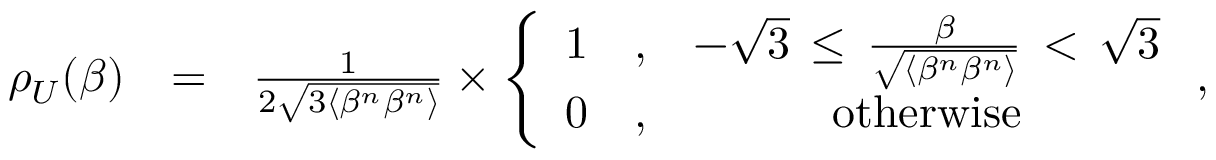
\begin{array} { r l r } { \rho _ { U } ( \beta ) } & { = } & { \frac { 1 } { 2 \sqrt { 3 \langle \beta ^ { n } \beta ^ { n } \rangle } } \times \left\{ \begin{array} { c c c } { 1 } & { , } & { - \sqrt { 3 } \, \le \, \frac { \beta } { \sqrt { \langle \beta ^ { n } \beta ^ { n } \rangle } } \, < \, \sqrt { 3 } } \\ { 0 } & { , } & { \mathrm { o t h e r w i s e } } \end{array} \right. , } \end{array}